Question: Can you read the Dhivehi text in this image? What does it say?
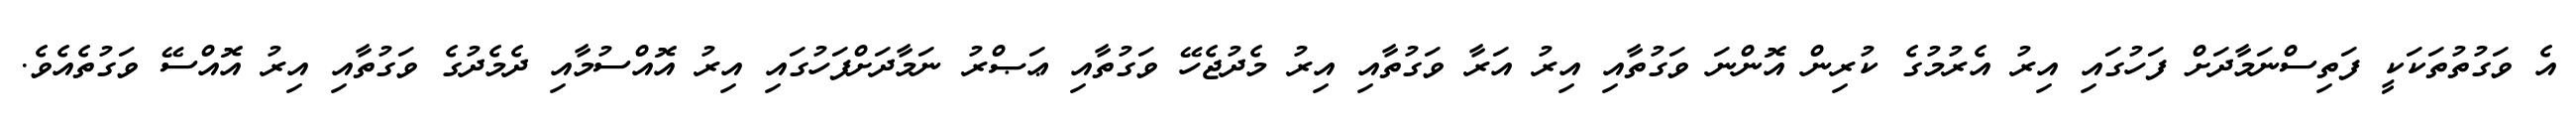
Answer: އެ ވަގުތުތަކަކީ ފަތިސްނަމާދަށް ފަހުގައި އިރު އެރުމުގެ ކުރިން އޮންނަ ވަގުތާއި އިރު އަރާ ވަގުތާއި އިރު މެދުޖެހޭ ވަގުތާއި ޢަޞްރު ނަމާދަށްފަހުގައި އިރު އޮއްސުމާއި ދެމެދުގެ ވަގުތާއި އިރު އޮއްސޭ ވަގުތެއެވެ.